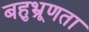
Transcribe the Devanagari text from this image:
बहुभ्रूणता